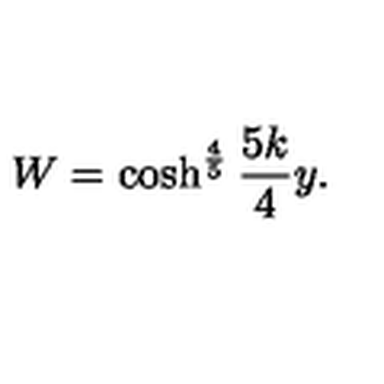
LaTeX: W = \cosh ^ { \frac { 4 } { 5 } } \frac { 5 k } { 4 } y .